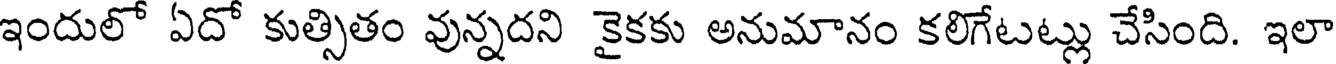
ఇందులో ఏదో కుత్సితం వున్నదని కైకకు అనుమానం కలిగేటట్లు చేసింది. ఇలా